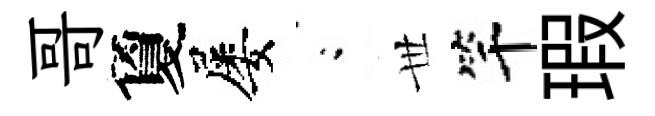
哥夐屡閤𠀍竿瑕